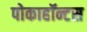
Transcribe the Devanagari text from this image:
पोकाहॉन्टस